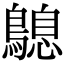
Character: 𪄛